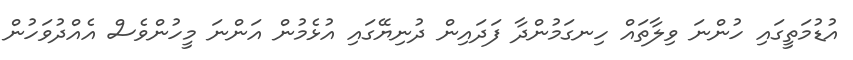
އުޑުމަތީގައި ހުންނަ ވިލާތައް ހިނގަމުންދާ ފަދައިން ދުނިޔޭގައި އުޅެމުން އަންނަ މީހުންވެސް އެއްދުވަހުން